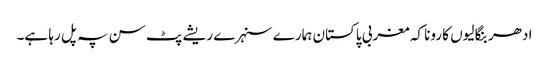
ادھر بنگالیوں کا رونا کہ مغربی پاکستان ہمارے سنہرے ریشے پٹ سن پہ پل رہا ہے۔